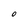
Character: O